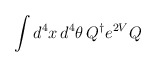
\begin{align*}\int d^{4} x \, d^{4}\theta\, Q^{\dagger} e^{2V} Q\end{align*}